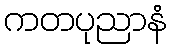
ကတပုညာနံ